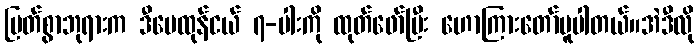
မြတ်စွာဘုရားက ဒီမေထုန်ငယ် ၇-ပါးကို ထုတ်ဖော်ပြီး ဟောကြားတော်မူပါတယ်။အဲဒီလို